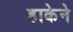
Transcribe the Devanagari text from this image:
हाकेने